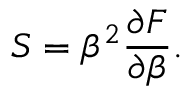
S = \beta ^ { 2 } { \frac { \partial F } { \partial \beta } } .